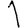
Digit: 1